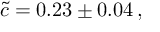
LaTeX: \tilde { c } = 0 . 2 3 \pm 0 . 0 4 \, ,